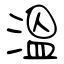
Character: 溫